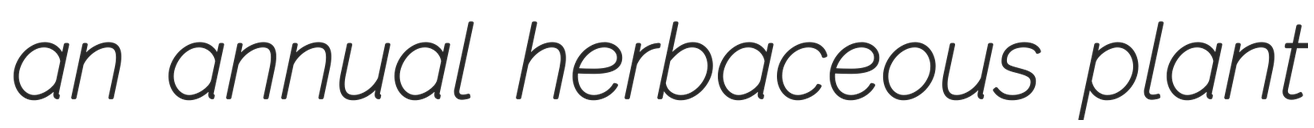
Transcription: an annual herbaceous plant